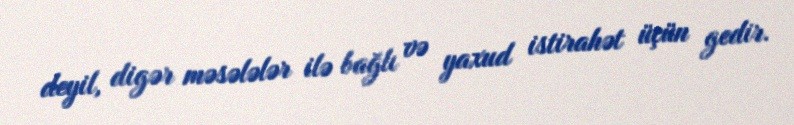
deyil, digər məsələlər ilə bağlı və yaxud istirahət üçün gedir.